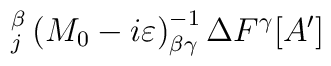
_{j}^{\beta }\left( M_{0}-i\varepsilon \right) ^{-1}_{\beta \gamma }\Delta F^{\gamma }[A']